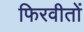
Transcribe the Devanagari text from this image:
फिरवीतों